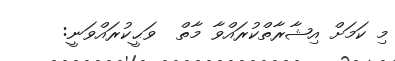
މި ކަމަށް އިޝާރާތްކުރައްވާ މާތް  ވަޙީކުރައްވަނީ: